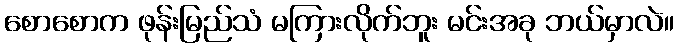
စောစောက ဖုန်းမြည်သံ မကြားလိုက်ဘူး မင်းအခု ဘယ်မှာလဲ။